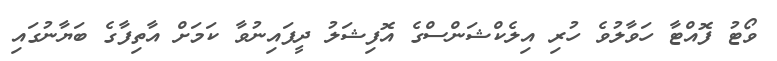
ވޯޓު ފޮއްޓާ ހަވާލުވެ ހުރި އިލެކްޝަންސްގެ އޮފިޝަލު ދީފައިނުވާ ކަމަށް އާތިފާގެ ބަޔާނުގައި